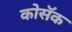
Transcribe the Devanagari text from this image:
कोसॅक